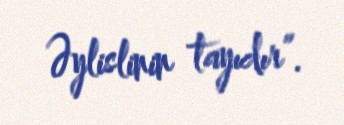
Əylislinin tayıdır”.